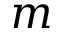
m